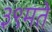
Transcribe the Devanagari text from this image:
३९मते